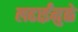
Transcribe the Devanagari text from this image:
लढाईंमुळे